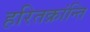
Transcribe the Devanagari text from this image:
हरितक्रांन्ति